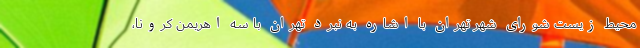
محیط زیست شورای شهر تهران با اشاره به نبرد تهران با سه اهریمن کرونا،